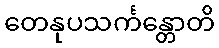
တေနုပသင်္ကန္တောတိ